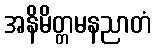
အနိမိတ္တမနညာတံ